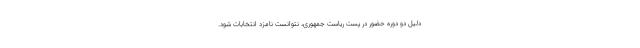
دلیل دو دوره حضور در پست ریاست جمهوری، نتوانست نامزد انتخابات شود.